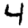
Digit: 4